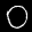
Label: 0